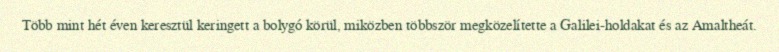
Több mint hét éven keresztül keringett a bolygó körül, miközben többször megközelítette a Galilei-holdakat és az Amaltheát.